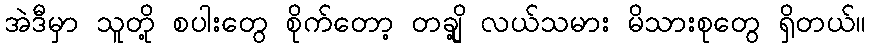
အဲဒီမှာ သူတို့ စပါးတွေ စိုက်တော့ တချို့ လယ်သမား မိသားစုတွေ ရှိတယ်။